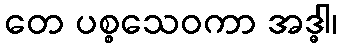
တေ ပစ္စသေဝကာ အဒ္ဓါ၊